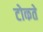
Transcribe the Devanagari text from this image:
टोकते